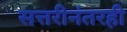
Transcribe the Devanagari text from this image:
सत्तरीनंतरही